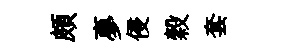
頗夣侵穀套